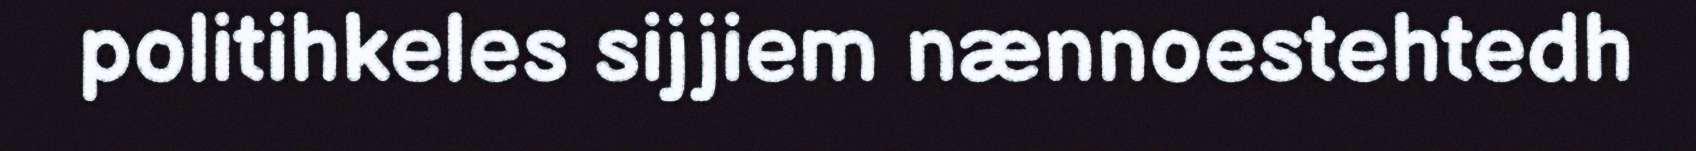
politihkeles sijjiem nænnoestehtedh